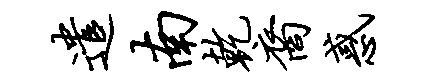
遣南乾裔惑